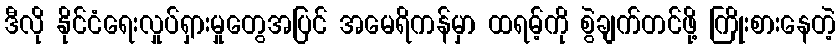
ဒီလို နိုင်ငံရေးလှုပ်ရှားမှုတွေအပြင် အမေရိကန်မှာ ထရမ့်ကို စွဲချက်တင်ဖို့ ကြိုးစားနေတဲ့